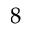
8